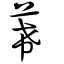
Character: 莃